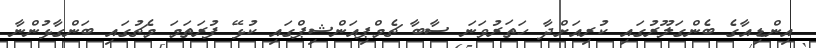
އިންޑިއާގެ ބެންގަލޫރުގައި ކުރިއަށްދާ ހަތަރުވަނަ ސާބާ ޗެމްޕިއަންޝިޕްގައި ކުޅޭ ފުރަތަމަ މެޗުގައި ބަންގާޅުންނާ